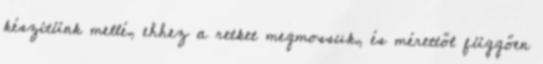
készítünk mellé, ehhez a retket megmossuk, és mérettől függően